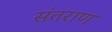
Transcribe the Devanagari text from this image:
संतराण